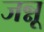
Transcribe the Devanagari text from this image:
जन्नू